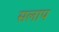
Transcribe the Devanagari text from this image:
सलाप